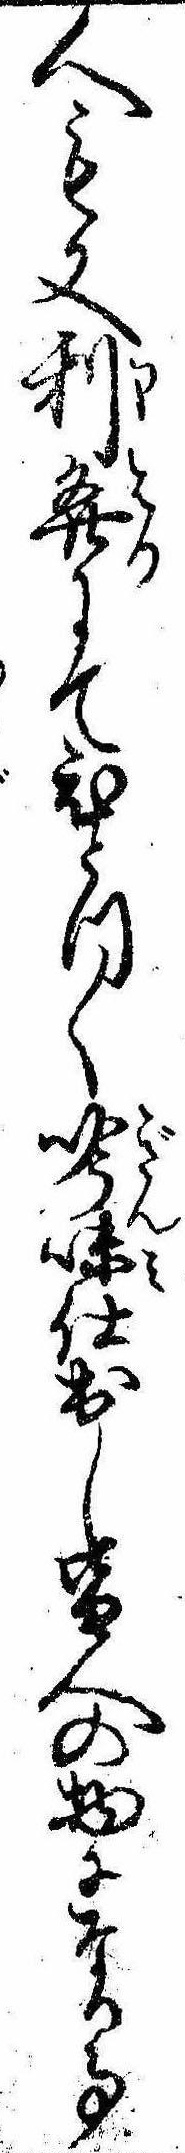
人も又利発にてひとつ〱吟味仕出し皆人の物になる事